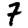
Digit: 7